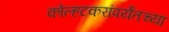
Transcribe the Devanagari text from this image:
कोल्हटकरांपर्यंतच्या